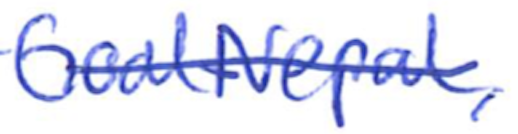
Text: GoalNepal,
Cross-out: single-line
Writing tool: ballpoint